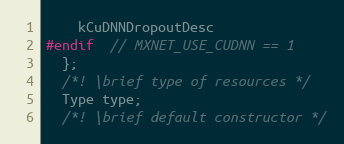
Language: C
    kCuDNNDropoutDesc
#endif  // MXNET_USE_CUDNN == 1
  };
  /*! \brief type of resources */
  Type type;
  /*! \brief default constructor */